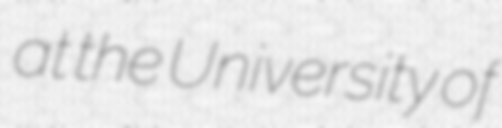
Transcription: at the University of